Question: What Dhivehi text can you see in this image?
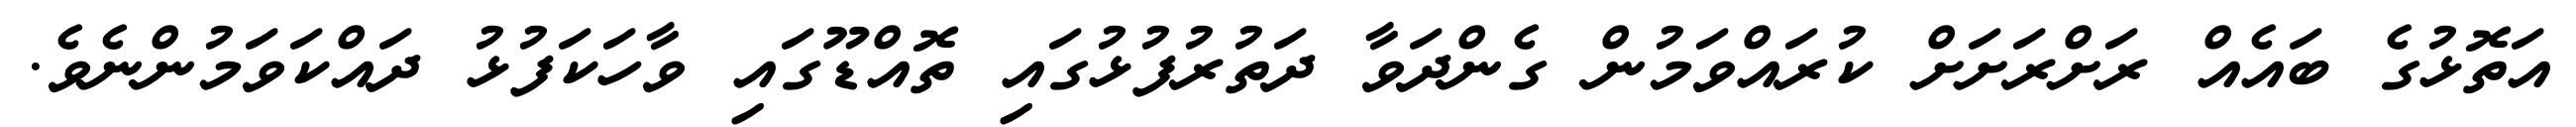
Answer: އަތޮޅުގެ ބައެއް ރަށްރަށަށް ކުރައްވަމުން ގެންދަވާ ދަތުރުފުޅުގައި ތޮއްޑޫގައި ވާހަކަފުޅު ދައްކަވަމުންނެވެ.